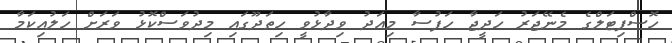
ހޮސްޕިޓަލްގެ މެނޭޖަރު ހަދީޖާ ހަފުސާ މިއަދު ވިދާޅުވީ ހިތަދޫގައި މިދުވަސްކޮޅު ވަރަށް ހަލުއިކަމާ